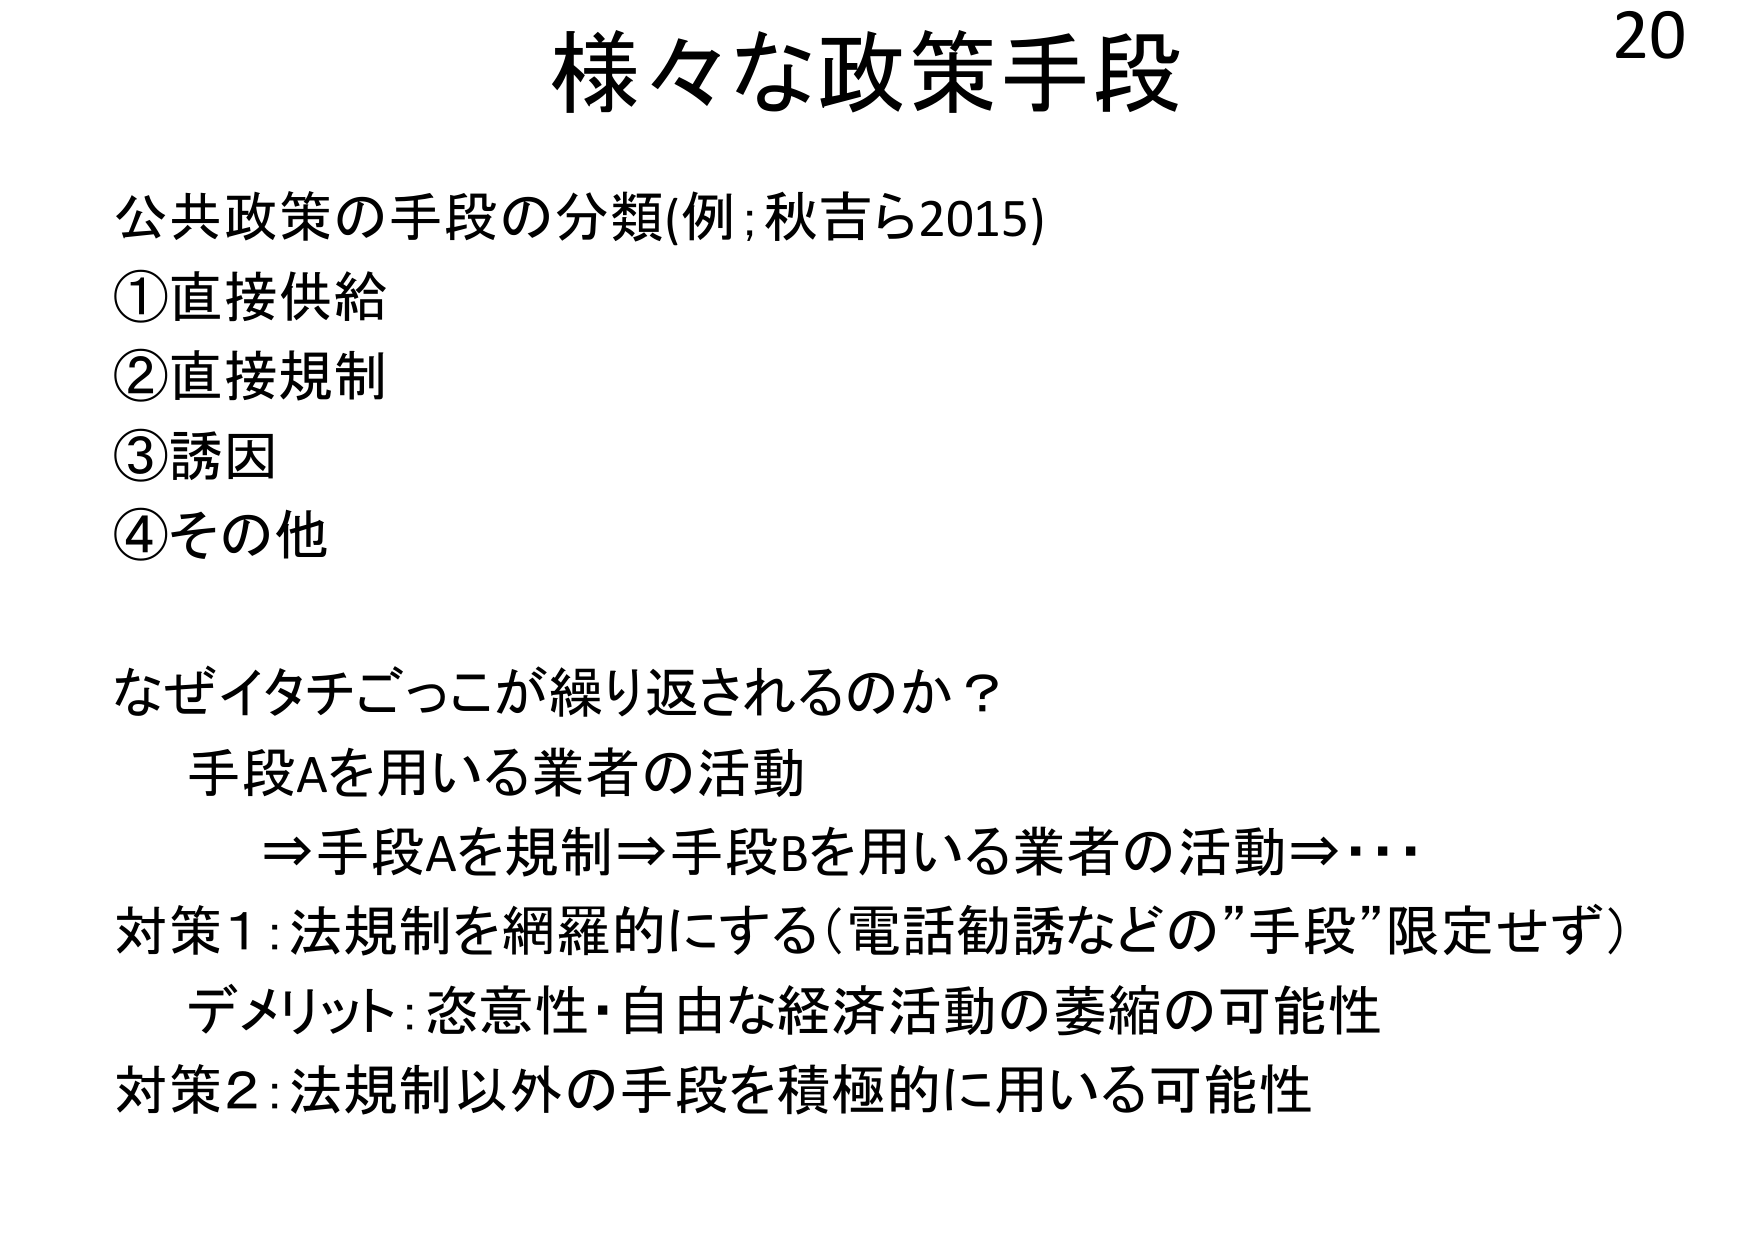
様々な政策手段

公共政策の手段の分類(例;秋吉ら2015)
①直接供給
②直接規制
③誘因
④その他

なぜイタチごっこが繰り返されるのか？
手段Aを用いる業者の活動
⇒手段Aを規制⇒手段Bを用いる業者の活動⇒…

対策1:法規制を網羅的にする(電話勧誘などの”手段”限定せず)
デメリット:恣意性・自由な経済活動の萎縮の可能性
対策2:法規制以外の手段を積極的に用いる可能性

20